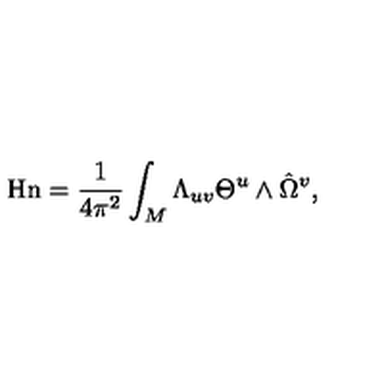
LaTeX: \mathrm { H n } = { \frac { 1 } { 4 \pi ^ { 2 } } } \int _ { M } \Lambda _ { u v } \Theta ^ { u } \wedge \hat { \Omega } ^ { v } ,